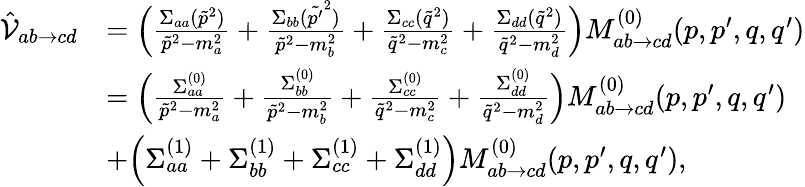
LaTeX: \begin{array}{rl}{\hat{\mathcal{V}}_{ab\to cd}}&{=\Bigl(\frac{\Sigma_{aa}(\tilde{p}^{2})}{\tilde{p}^{2}-m_{a}^{2}}+\frac{\Sigma_{bb}(\tilde{p^{\prime}}^{2})}{\tilde{p}^{2}-m_{b}^{2}}+\frac{\Sigma_{cc}(\tilde{q}^{2})}{\tilde{q}^{2}-m_{c}^{2}}+\frac{\Sigma_{dd}(\tilde{q}^{2})}{\tilde{q}^{2}-m_{d}^{2}}\Bigr)M_{ab\to cd}^{(0)}(p,p^{\prime},q,q^{\prime})}\\ &{=\Bigl(\frac{\Sigma_{aa}^{(0)}}{\tilde{p}^{2}-m_{a}^{2}}+\frac{\Sigma_{bb}^{(0)}}{\tilde{p}^{2}-m_{b}^{2}}+\frac{\Sigma_{cc}^{(0)}}{\tilde{q}^{2}-m_{c}^{2}}+\frac{\Sigma_{dd}^{(0)}}{\tilde{q}^{2}-m_{d}^{2}}\Bigr)M_{ab\to cd}^{(0)}(p,p^{\prime},q,q^{\prime})}\\ &{+\Bigl(\Sigma_{aa}^{(1)}+\Sigma_{bb}^{(1)}+\Sigma_{cc}^{(1)}+\Sigma_{dd}^{(1)}\Bigr)M_{ab\to cd}^{(0)}(p,p^{\prime},q,q^{\prime}),}\end{array}